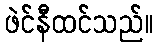
ဖဲင်နီထင်သည်။